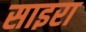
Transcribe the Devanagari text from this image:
साइरा